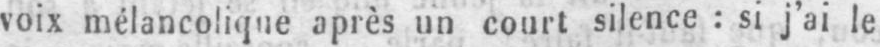
voix mélancolique après un court silence: si j’ai le